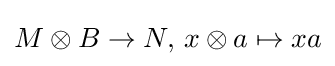
M\otimes B\to N,\,x\otimes a\mapsto xa